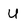
Character: U